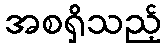
အစရှိသည့်